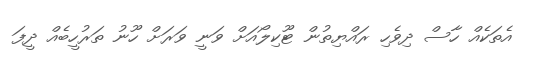
އެތަކެއް ހާސް ދިވެހި ރައްޔިތުން ޓޫކިލޯއަށް ވަނީ ވަރަށް ހޫނު ތަރުހީބެއް ދީފަ